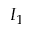
I _ { 1 }